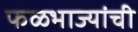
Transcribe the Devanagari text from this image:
फळभाज्यांची